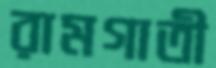
রামগাতী